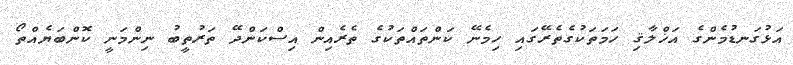
އަޅުގަނޑުމެންގެ އަޚްލާޤި ހަމަތަކުގެތެރޭގައި ހިމެނޭ ކަންތައްތަކުގެ ތެރެއިން އިސްކަންދޭ ތަރުތީބު ނިންމަނީ ކޮންބަޔެއްތޯ